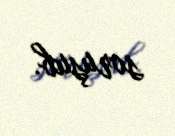
soruşub.